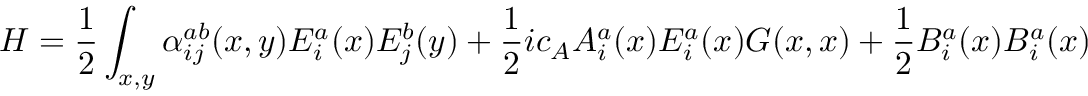
H = { \frac { 1 } { 2 } } \int _ { x , y } \alpha _ { i j } ^ { a b } ( x , y ) E _ { i } ^ { a } ( x ) E _ { j } ^ { b } ( y ) + { \frac { 1 } { 2 } } i c _ { A } A _ { i } ^ { a } ( x ) E _ { i } ^ { a } ( x ) G ( x , x ) + { \frac { 1 } { 2 } } B _ { i } ^ { a } ( x ) B _ { i } ^ { a } ( x )